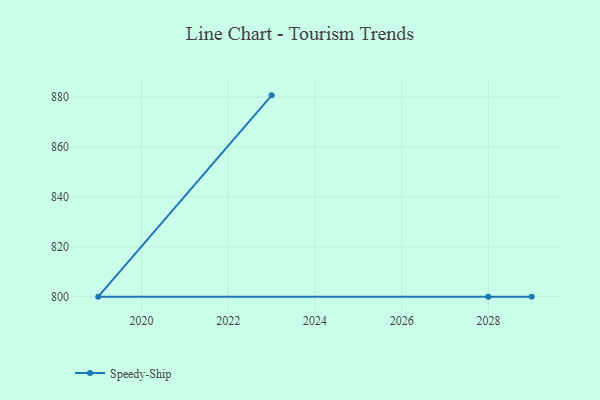
{"axis": {"x": "Year", "y": "Demand Index"}, "legend": ["Speedy-Ship"], "data": [{"x": "2023", "y": 880.7, "type": "Speedy-Ship"}, {"x": "2019", "y": 800, "type": "Speedy-Ship"}, {"x": "2028", "y": 800, "type": "Speedy-Ship"}, {"x": "2029", "y": 800, "type": "Speedy-Ship"}]}